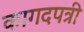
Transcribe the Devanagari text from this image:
कागदपत्री